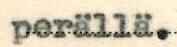
perällä.